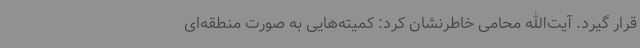
قرار گیرد. آیت‌الله محامی خاطرنشان کرد: کمیته‌هایی به صورت منطقه‌ای